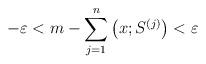
LaTeX: \begin{align*}-\varepsilon<m-\sum_{j=1}^{n}\left(x; S^{(j)}\right)<\varepsilon \end{align*}